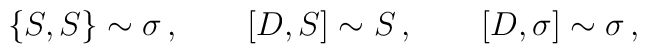
\{S,S\}\sim \sigma\,, \qquad [D,S]\sim S\,, \qquad [D,\sigma] \sim \sigma\,,